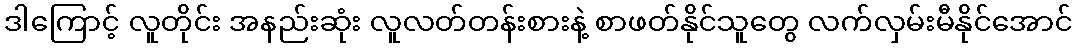
ဒါကြောင့် လူတိုင်း အနည်းဆုံး လူလတ်တန်းစားနဲ့ စာဖတ်နိုင်သူတွေ လက်လှမ်းမီနိုင်အောင်